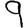
Digit: 9